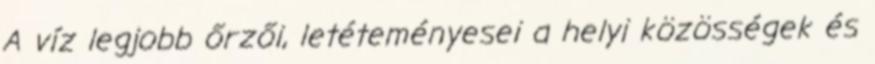
A víz legjobb őrzői, letéteményesei a helyi közösségek és